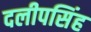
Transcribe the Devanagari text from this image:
दलीपसिंह